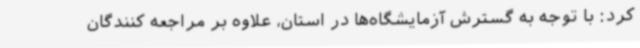
کرد: با توجه به گسترش آزمایشگاه‌ها در استان، علاوه بر مراجعه کنندگان